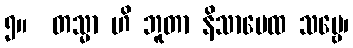
၅။  တသ္မာ ဟိ ဘူတာ နိသာမေထ သဗ္ဗေ၊